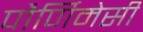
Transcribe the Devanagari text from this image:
पौर्णिमेसी